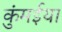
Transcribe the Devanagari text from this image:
कुंमईया